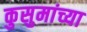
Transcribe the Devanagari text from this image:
कुसुमांच्या